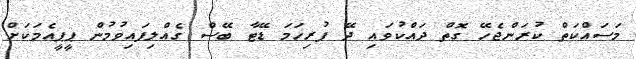
މަސައްކަތް ކުރަންޖެހޭ ގޮތް ދައްކުވައި ދޭ ފުރިހަމަ ޑޭޓާ ބޭސް ގެއްލިފައިވުމުން ޕީޕީއެމަކަށް